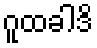
ဂူထခါဒိ